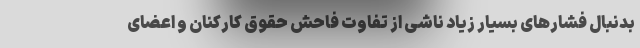
بدنبال فشارهای بسیار زیاد ناشی از تفاوت فاحش حقوق کارکنان و اعضای